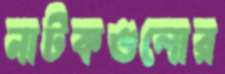
নাটকগুলোর